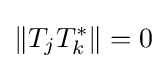
\Vert T_{j}T_{k}^{\ast }\Vert =0